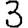
Digit: 3